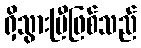
ရှိသွားပြီဖြစ်သည်